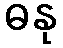
ဓနု